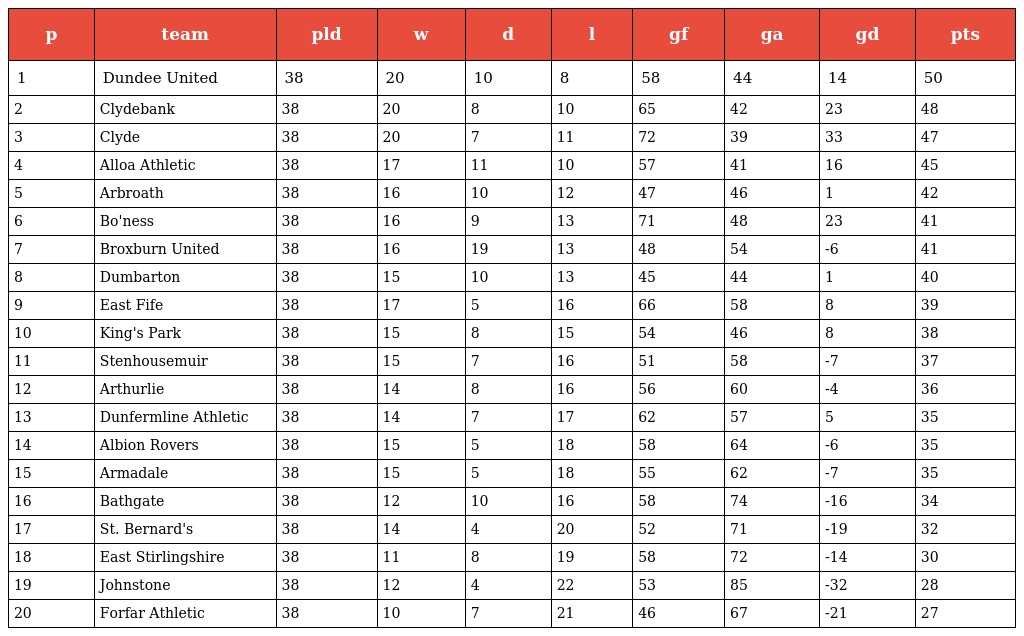
| p | team | pld | w | d | l | gf | ga | gd | pts |
 | --- | --- | --- | --- | --- | --- | --- | --- | --- | --- |
 | 1 | Dundee United | 38 | 20 | 10 | 8 | 58 | 44 | 14 | 50 |
 | 2 | Clydebank | 38 | 20 | 8 | 10 | 65 | 42 | 23 | 48 |
 | 3 | Clyde | 38 | 20 | 7 | 11 | 72 | 39 | 33 | 47 |
 | 4 | Alloa Athletic | 38 | 17 | 11 | 10 | 57 | 41 | 16 | 45 |
 | 5 | Arbroath | 38 | 16 | 10 | 12 | 47 | 46 | 1 | 42 |
 | 6 | Bo'ness | 38 | 16 | 9 | 13 | 71 | 48 | 23 | 41 |
 | 7 | Broxburn United | 38 | 16 | 19 | 13 | 48 | 54 | -6 | 41 |
 | 8 | Dumbarton | 38 | 15 | 10 | 13 | 45 | 44 | 1 | 40 |
 | 9 | East Fife | 38 | 17 | 5 | 16 | 66 | 58 | 8 | 39 |
 | 10 | King's Park | 38 | 15 | 8 | 15 | 54 | 46 | 8 | 38 |
 | 11 | Stenhousemuir | 38 | 15 | 7 | 16 | 51 | 58 | -7 | 37 |
 | 12 | Arthurlie | 38 | 14 | 8 | 16 | 56 | 60 | -4 | 36 |
 | 13 | Dunfermline Athletic | 38 | 14 | 7 | 17 | 62 | 57 | 5 | 35 |
 | 14 | Albion Rovers | 38 | 15 | 5 | 18 | 58 | 64 | -6 | 35 |
 | 15 | Armadale | 38 | 15 | 5 | 18 | 55 | 62 | -7 | 35 |
 | 16 | Bathgate | 38 | 12 | 10 | 16 | 58 | 74 | -16 | 34 |
 | 17 | St. Bernard's | 38 | 14 | 4 | 20 | 52 | 71 | -19 | 32 |
 | 18 | East Stirlingshire | 38 | 11 | 8 | 19 | 58 | 72 | -14 | 30 |
 | 19 | Johnstone | 38 | 12 | 4 | 22 | 53 | 85 | -32 | 28 |
 | 20 | Forfar Athletic | 38 | 10 | 7 | 21 | 46 | 67 | -21 | 27 |